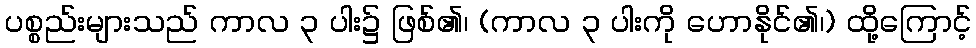
ပစ္စည်းများသည် ကာလ ၃ ပါး၌ ဖြစ်၏၊ (ကာလ ၃ ပါးကို ဟောနိုင်၏၊) ထို့ကြောင့်